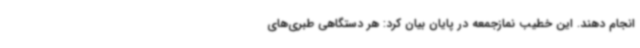
انجام دهند. این خطیب نمازجمعه در پایان بیان کرد: هر دستگاهی طبری‌های